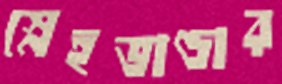
স্নেহভাণ্ডার